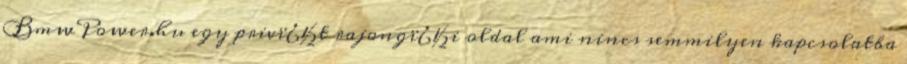
BmwPower.hu egy privï¿½t rajongï¿½i oldal ami nincs semmilyen kapcsolatba